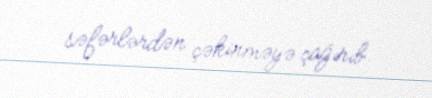
səfərlərdən çəkinməyə çağırıb.